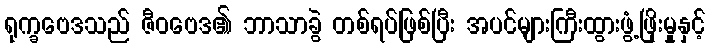
ရုက္ခဗေဒသည် ဇီဝဗေဒ၏ ဘာသာခွဲ တစ်ရပ်ဖြစ်ပြီး အပင်များကြီးထွားဖွံ့ဖြိုးမှုနှင့်